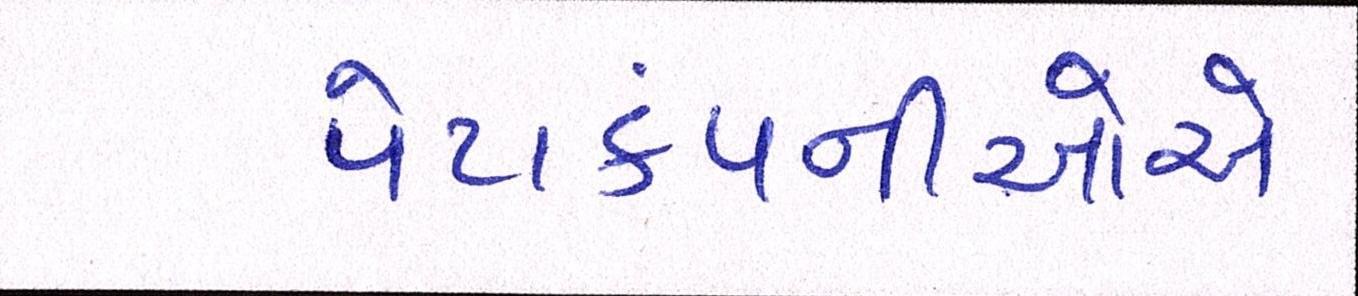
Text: પેટાકંપનીઓએ